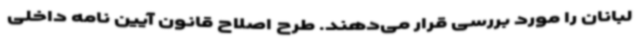
لبانان را مورد بررسی قرار می‌دهند. طرح اصلاح قانون آیین نامه داخلی